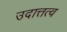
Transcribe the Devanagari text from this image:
उदात्तत्व